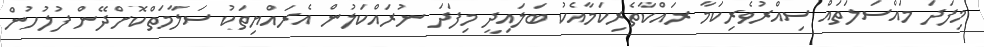
މިފަދަ މައްސަލަތައް ސިއްރުވެރިކަމާ ރައްކާތެރިކަމާއެކު ބަލައިދީ މިފަދަ ނުރައްކަލުން އެރައްޔިތަކު ސަލާމަތްކޮށްދޭން ފުލުހުން